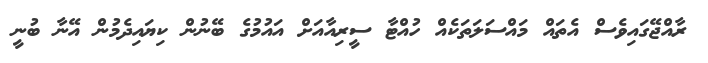
ރާއްޖޭގައިވެސް އެތައް މައްސަލަތަކެއް ހުއްޓާ ސީރިއާއަށް އައުމުގެ ބޭނުން ކިޔައިދެމުން އޭނާ ބުނީ